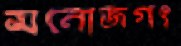
মনোজগৎ